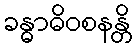
ခန္ဓာဓိဝစနန္တိ